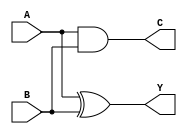
module HALF_ADDER(Y,C,A,B);
output Y,C;
input A,B;

xor xor_gate(Y, A, B); // Task 1: Half adder adds with XOR
and and_gate(C, A, B); // Task 2: Calculate carry

endmodule